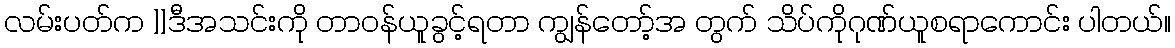
လမ်းပတ်က ]]ဒီအသင်းကို တာဝန်ယူခွင့်ရတာ ကျွန်တော့်အ တွက် သိပ်ကိုဂုဏ်ယူစရာကောင်း ပါတယ်။